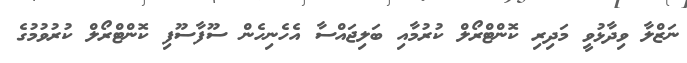
ނަޒްލާ ވިދާޅުވީ މަދިރި ކޮންޓްރޯލް ކުރުމާއި ބަލިޖައްސާ އެހެނިހެން ސޫފާސޫފި ކޮންޓްރޯލް ކުރުވުމުގެ